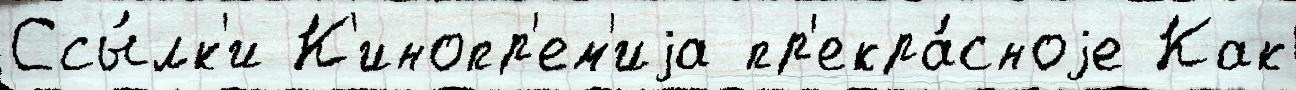
Ссы́лк'и К'инопр'ем'иjа пр'екра́сноjе Как